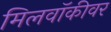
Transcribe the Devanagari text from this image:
मिलवॉकीवर